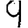
Digit: 9